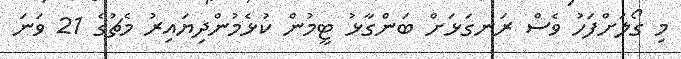
މި ގޯލަށްފަހު ވެސް ރަނގަޅަށް ބަންގާޅު ޓީމުން ކުޅެމުންދިޔައިރު މެޗުގެ 21 ވަނަ